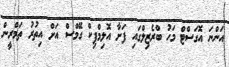
އަންނަ އޮގަސްޓް މަހު ބްރެޒިލްގައި ފަށާ އޮލިމްޕިކް ގޭމްސް އަށް އިތުރު ތަމްރީން